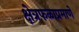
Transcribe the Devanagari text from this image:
क्षेत्रफळाप्रमाणे